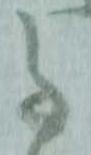
事